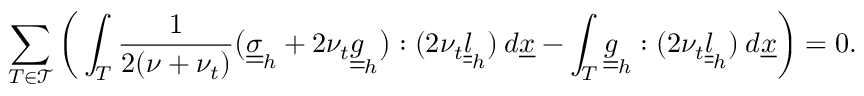
\sum _ { T \in \mathcal { T } } \bigg ( \int _ { T } \frac { 1 } { 2 ( \nu + \nu _ { t } ) } \big ( \underline { { \underline { { \sigma } } } } _ { h } + 2 \nu _ { t } \underline { { \underline { { g } } } } _ { h } \big ) : ( 2 \nu _ { t } \underline { { \underline { { l } } } } _ { h } ) \: d \underline { { x } } - \int _ { T } \underline { { \underline { { g } } } } _ { h } : ( 2 \nu _ { t } \underline { { \underline { { l } } } } _ { h } ) \: d \underline { { x } } \bigg ) = 0 .